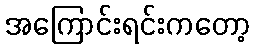
အကြောင်းရင်းကတော့